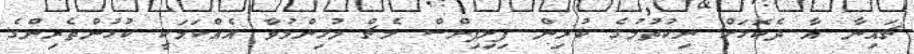
ޗައިނާ އާ ދެކޮޅަށް ނިކުތުމުގެ ކުރިން ފިލިޕިންސް މެޗް މުހިންމުވާ އެއްކަމަކީ ކުޅުންތެރިންގެ